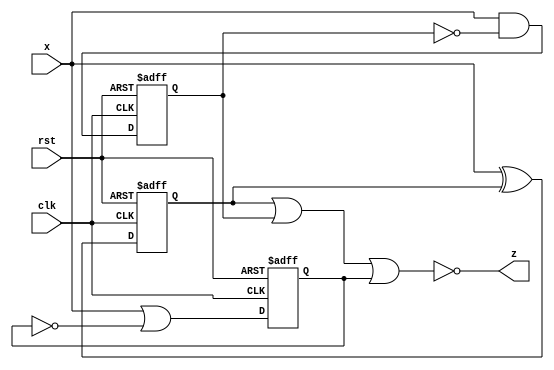
module dff_gates (
    input x,clk,rst,
    output z
);
    reg a,b,c ;

    always @ (posedge clk,negedge rst )begin
        if (rst==0) begin
        a <= 0;
        end
        else begin
            a <= x ^ a ;
        end 
    end

    always @ (posedge clk, negedge rst)begin
        if (rst==0)begin
            b <= 0;
        end
        else begin
            b <= x & ~b;
        end
    end

    always @ (posedge clk, negedge rst)begin
        if (rst==0)begin
            c <= 0;
        end
        else begin
            c <= x | ~c;
        end
    end

    assign z = ~(a | b | c);

endmodule